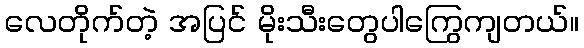
လေတိုက်တဲ့ အပြင် မိုးသီးတွေပါကြွေကျတယ်။